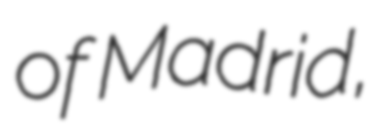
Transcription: of Madrid,